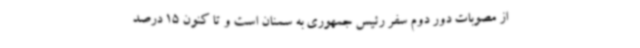
از مصوبات دور دوم سفر رئیس جمهوری به سمنان است و تا کنون 15 درصد